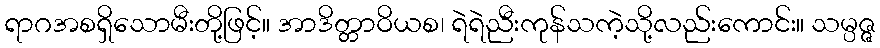
ရာဂအစရှိသောမီးတို့ဖြင့်။ အာဒိတ္တာဝိယစ၊ ရဲရဲညီးကုန်သကဲ့သို့လည်းကောင်း။ သမ္ပဇ္ဇ